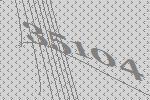
35104